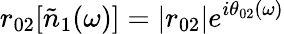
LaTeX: r_{02}[\tilde{n}_{1}(\omega)]=|r_{02}|e^{i\theta_{02}(\omega)}